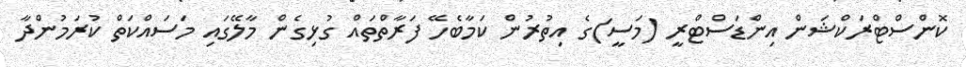
ކޮންސްޓްރަކްޝަން އިންޑަސްޓްރީ (މަސީ)ގެ އިތުރުން ކަމާބެހޭ ފަރާތްތައް ގުޅިގެން މާލޭގައި މަސައްކަތް ކުރަމުންދާ